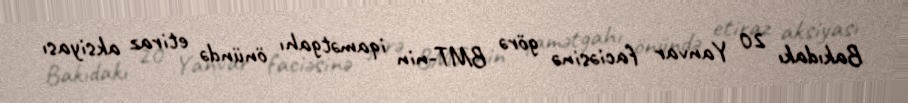
Bakıdakı 20 Yanvar faciəsinə görə BMT-nin iqamətgahı önündə etiraz aksiyası